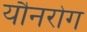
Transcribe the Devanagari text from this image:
यौनरोग